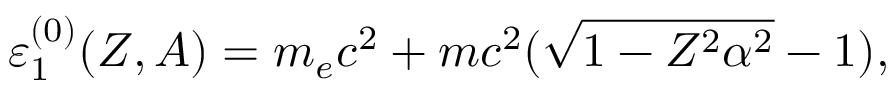
\varepsilon _ { 1 } ^ { ( 0 ) } ( Z , A ) = m _ { e } c ^ { 2 } + m c ^ { 2 } ( \sqrt { 1 - Z ^ { 2 } \alpha ^ { 2 } } - 1 ) ,